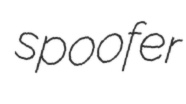
spoofer